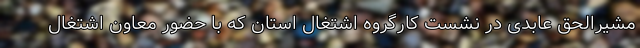
مشیرالحق عابدی در نشست کارگروه اشتغال استان که با حضور معاون اشتغال